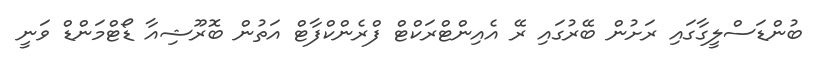
ބުންޑަސްލީގާގައި ރަށުން ބޭރުގައި ރޭ އެއިންޓްރަކްޓް ފްރެންކްފާޓް އަތުން ބޮރޫޝިއާ ޑޯޓްމަންޑް ވަނީ